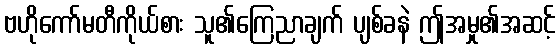
ဗဟိုကော်မတီကိုယ်စား သူ၏ကြေညာချက် ပျစ်ခနဲ ဤအမှု၏အဆင့်